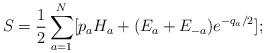
LaTeX: \begin{align*}S = {1 \over 2} \sum_{a=1}^{N}[p_aH_a + (E_a+E_{-a}) {e^{-q_a/2}}];\end{align*}